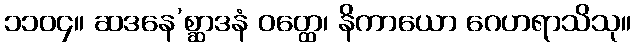
၁၁၀၄။ ဆဒနေ’စ္ဆာဒနံ ဝတ္ထေ၊ နိကာယော ဂေဟရာသိသု။